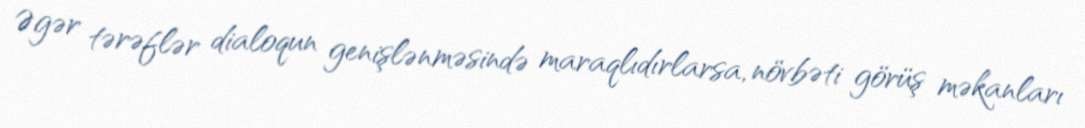
Əgər tərəflər dialoqun genişlənməsində maraqlıdırlarsa, növbəti görüş məkanları